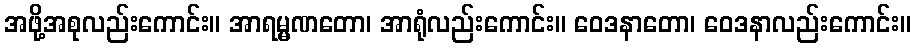
အဖို့အစုလည်းကောင်း။ အာရမ္မဏတော၊ အာရုံလည်းကောင်း။ ဝေဒနာတော၊ ဝေဒနာလည်းကောင်း။